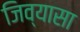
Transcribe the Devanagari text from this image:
जिव्यासा